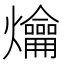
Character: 𤓀